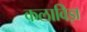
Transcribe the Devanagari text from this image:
कलाविज्ञ